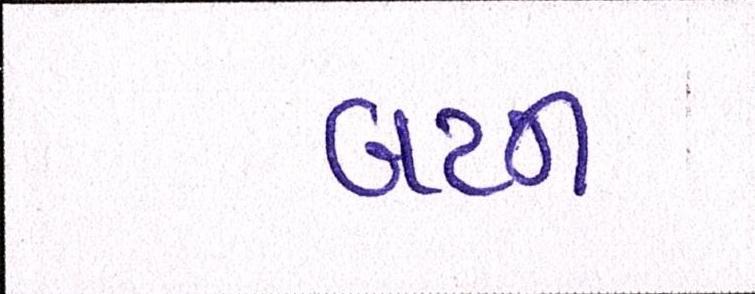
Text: બટન